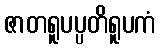
ဇာတရူပပ္ပတိရူပကံ